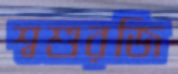
শ্বশুরজি